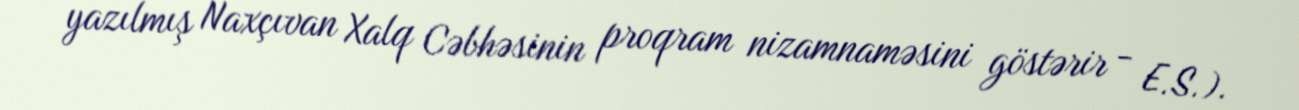
yazılmış Naxçıvan Xalq Cəbhəsinin proqram nizamnaməsini göstərir - E.S.).